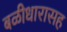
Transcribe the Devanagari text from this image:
बळीधारासह